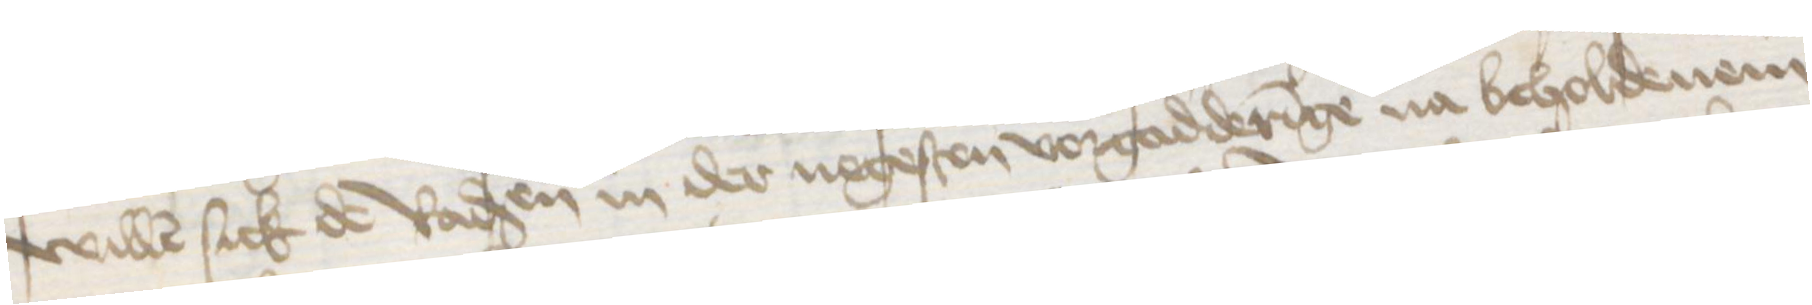
willen sick de Radsen in der negesten vorgadderinge na beholdenem